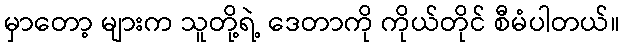
မှာတော့ များက သူတို့ရဲ့ ဒေတာကို ကိုယ်တိုင် စီမံပါတယ်။